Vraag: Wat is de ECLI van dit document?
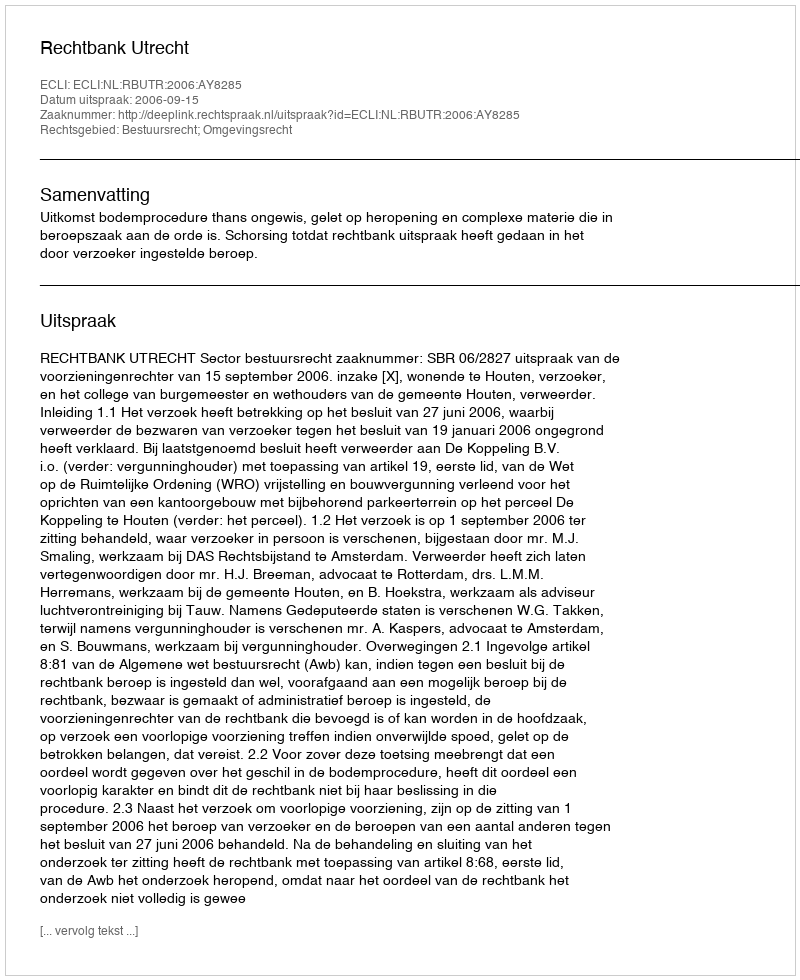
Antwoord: ECLI:NL:RBUTR:2006:AY8285